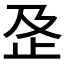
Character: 𰙟